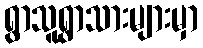
ရွာသူရွာသားများမှာ